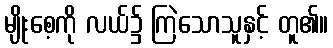
မျိုးစေ့ကို လယ်၌ ကြဲသောသူနှင့် တူ၏။